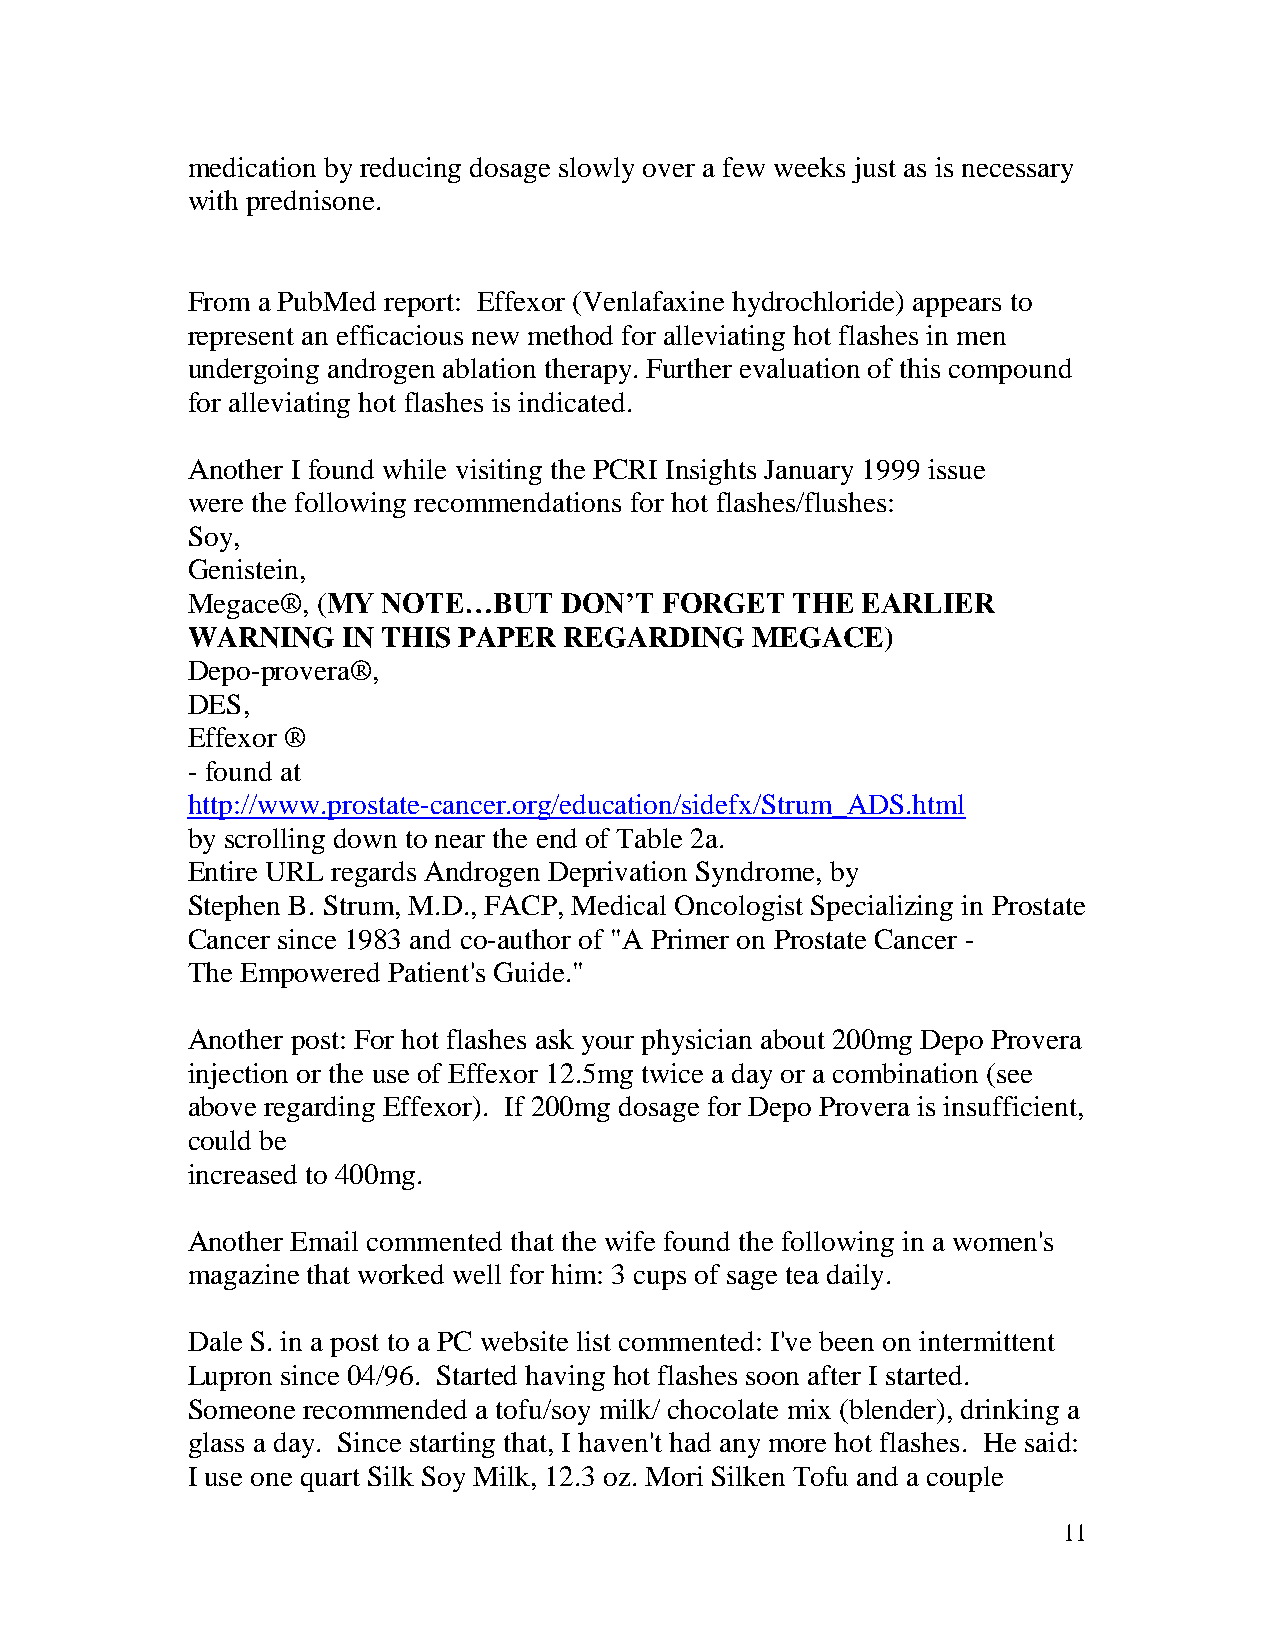
medication by reducing dosage slowly over a few weeks just as is necessary
 with prednisone.
 From a PubMed report: Effexor (Venlafaxine hydrochloride) appears to
 represent an efficacious new method for alleviating hot flashes in men
 undergoing androgen ablation therapy. Further evaluation of this compound
 for alleviating hot flashes is indicated.
 Another I found while visiting the PCRI Insights January 1999 issue
 were the following recommendations for hot flashes/flushes:
 Soy,
 Genistein,
 Megace®, (MY NOTE…BUT    DON’T  FORGET   THE EARLIER
 WARNING    IN THIS PAPER REGARDING    MEGACE)
 Depo-provera®,
 DES,
 Effexor ®
 - found at
 http://www.prostate-cancer.org/education/sidefx/Strum_ADS.html
 by scrolling down to near the end of Table 2a.
 Entire URL regards Androgen Deprivation Syndrome, by
 Stephen B. Strum, M.D., FACP, Medical Oncologist Specializing in Prostate
 Cancer since 1983 and co-author of "A Primer on Prostate Cancer -
 The Empowered Patient's Guide."
 Another post: For hot flashes ask your physician about 200mg Depo Provera
 injection or the use of Effexor 12.5mg twice a day or a combination (see
 above regarding Effexor). If 200mg dosage for Depo Provera is insufficient,
 could be
 increased to 400mg.
 Another Email commented that the wife found the following in a women's
 magazine that worked well for him: 3 cups of sage tea daily.
 Dale S. in a post to a PC website list commented: I've been on intermittent
 Lupron since 04/96. Started having hot flashes soon after I started.
 Someone recommended a tofu/soy milk/ chocolate mix (blender), drinking a
 glass a day. Since starting that, I haven't had any more hot flashes. He said:
 I use one quart Silk Soy Milk, 12.3 oz. Mori Silken Tofu and a couple
 11